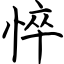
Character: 悴